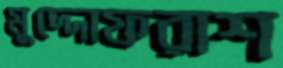
মুদ্দোফরাশ